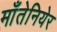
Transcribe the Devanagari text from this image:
माँतेनियेर